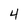
Character: 4